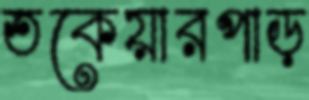
তকেয়ারপাড়